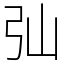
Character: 㢫